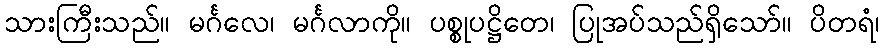
သားကြီးသည်။ မင်္ဂလေ၊ မင်္ဂလာကို။ ပစ္စုပဋ္ဌိတေ၊ ပြုအပ်သည်ရှိသော်။ ပိတရံ၊